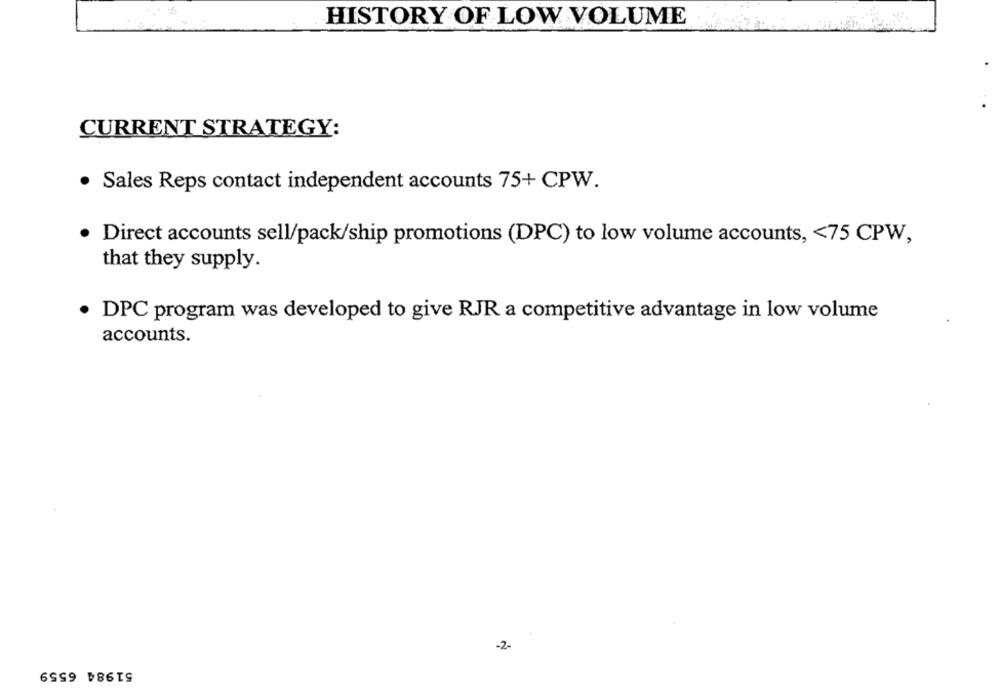
HISTORY OF LOW VOLUME
CURRENT STRATEGY:
· Sales Reps contact independent accounts 75+ CPW.
Direct accounts sell/pack/ship promotions (DPC) to low volume accounts, < 75 CPW,
that they supply.
DPC program was developed to give RJR a competitive advantage in low volume
accounts.
-2-
51984 6559